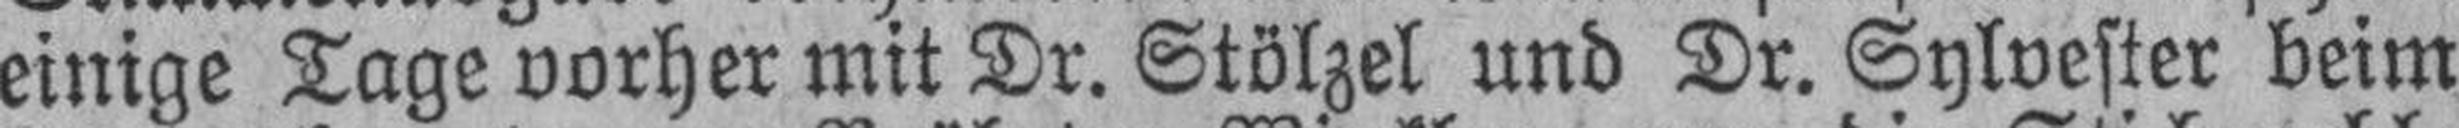
einige Tage vorher mit Dr. Stölzel und Dr. Sylvester beim